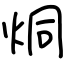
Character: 烔